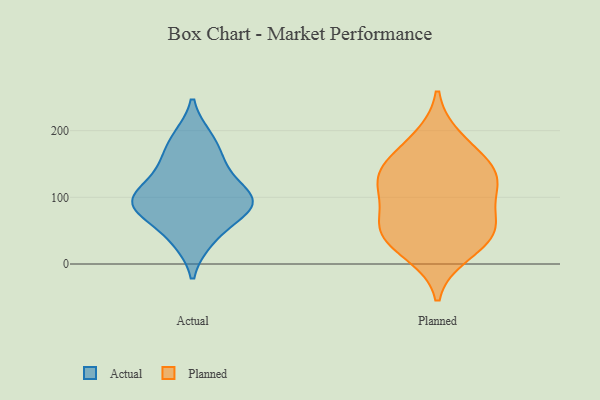
{"axis": {"x": "Operating Costs (USD K)", "y": "Value"}, "legend": ["Actual", "Planned"], "data": [{"x": "", "y": 189, "type": "Actual"}, {"x": "", "y": 81, "type": "Actual"}, {"x": "", "y": 108, "type": "Actual"}, {"x": "", "y": 160, "type": "Actual"}, {"x": "", "y": 36, "type": "Actual"}, {"x": "", "y": 145, "type": "Actual"}, {"x": "", "y": 35, "type": "Actual"}, {"x": "", "y": 89, "type": "Actual"}, {"x": "", "y": 190, "type": "Actual"}, {"x": "", "y": 90, "type": "Actual"}, {"x": "", "y": 74, "type": "Actual"}, {"x": "", "y": 105, "type": "Actual"}, {"x": "", "y": 98, "type": "Actual"}, {"x": "", "y": 104, "type": "Actual"}, {"x": "", "y": 78, "type": "Actual"}, {"x": "", "y": 144, "type": "Actual"}, {"x": "", "y": 111, "type": "Planned"}, {"x": "", "y": 49, "type": "Planned"}, {"x": "", "y": 187, "type": "Planned"}, {"x": "", "y": 134, "type": "Planned"}, {"x": "", "y": 17, "type": "Planned"}, {"x": "", "y": 134, "type": "Planned"}, {"x": "", "y": 50, "type": "Planned"}, {"x": "", "y": 43, "type": "Planned"}, {"x": "", "y": 67, "type": "Planned"}, {"x": "", "y": 157, "type": "Planned"}, {"x": "", "y": 118, "type": "Planned"}]}